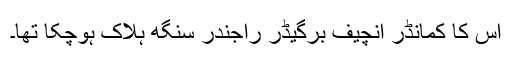
اس کا کمانڈر انچیف برگیڈر راجندر سنگھ ہلاک ہوچکا تھا۔